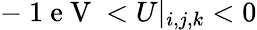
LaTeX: -\mathrm{~1~e~V~}<U|_{i,j,k}<0